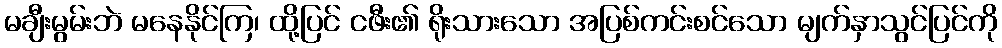
မချီးမွမ်းဘဲ မနေနိုင်ကြ၊ ထို့ပြင် ငဖီး၏ ရိုးသားသော အပြစ်ကင်းစင်သော မျက်နှာသွင်ပြင်ကို